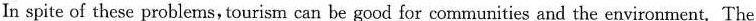
In spite of these problems, tourism can be good for communities and the environment. The